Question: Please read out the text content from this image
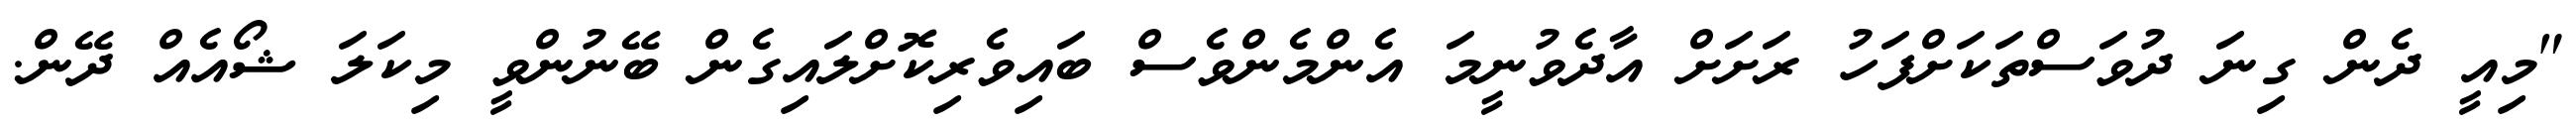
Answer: "މިއީ ދެން ގިނަ ދުވަސްތަކަށްފަހު ރަށަށް އާދެވުނީމަ އެންމެންވެސް ބައިވެރިކޮށްލައިގެން ބޭނުންވީ މިކަލަ ޝޯއެއް ދޭން.